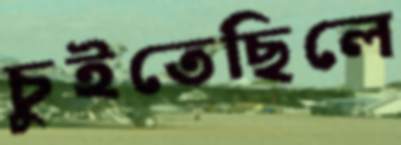
চুইতেছিলে